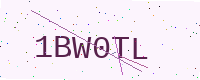
Text: 1BW0TL